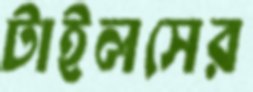
টাইলসের